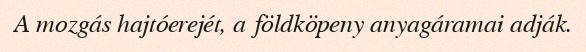
A mozgás hajtóerejét, a földköpeny anyagáramai adják.